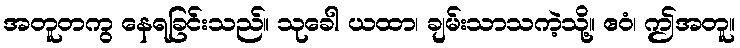
အတူတကွ နေရခြင်းသည်။ သုခေါ ယထာ၊ ချမ်းသာသကဲ့သို့။ ဧဝံ၊ ဤအတူ။